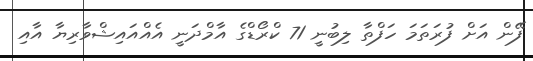
ފޭން އަށް ފުރަތަމަ ހަފްތާ ލިބުނީ 71 ކްރޯޑްގެ އާމްދަނީ އެއްއައިޝްވާރިޔާ އާއި